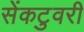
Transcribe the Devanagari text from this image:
सेंकटुवरी